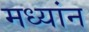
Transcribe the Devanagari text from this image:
मध्यांन